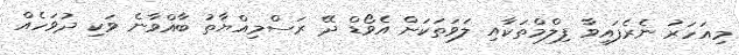
މިއަހަރު ނެރެފައިވާ ފިލްމްތަކާއި ލަވަތަކަށް އެވޯޑް ދޭ ރަސްމިއްޔާތު ބާއްވާނެ ވަކި ދުވަހެއް